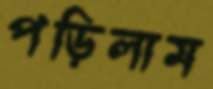
পড়িলাম